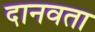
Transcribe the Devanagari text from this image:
दानवता